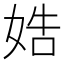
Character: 𡜲